Report on the metropolitan horse fairs and district horse shows of 1892-93 - 1892-1893
Year: 1892
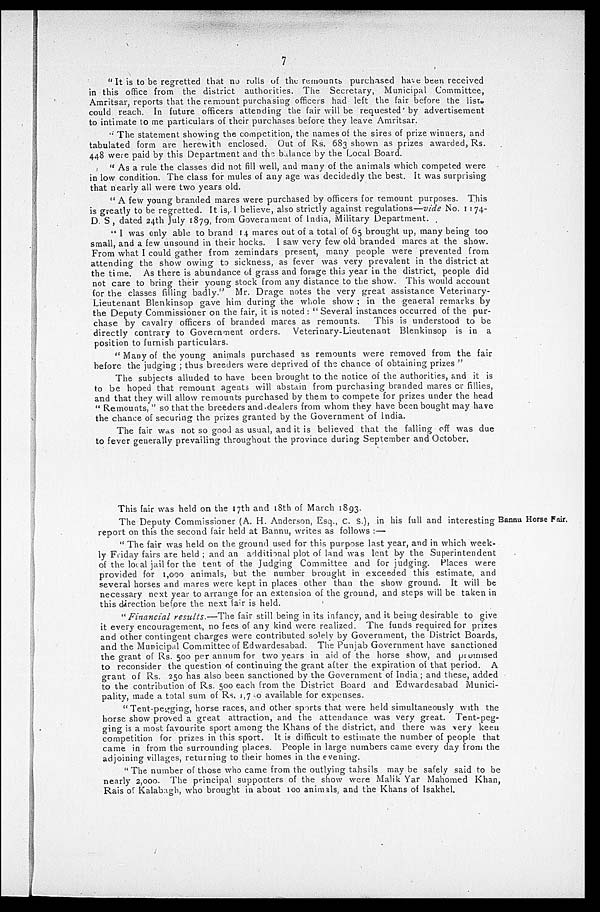
7
" It is to be regretted that no rolls of the remounts purchased have been received
in this office from the district authorities. The Secretary, Municipal Committee,
Amritsar, reports that the remount purchasing officers had left the fair before the lists
could reach. In future officers attending the fair will be requested by advertisement
to intimate to me particulars of their purchases before they leave Amritsar.
" The statement showing the competition, the names of the sires of prize winners, and
tabulated form are herewith enclosed. Out of Rs. 683 shown as prizes awarded, Rs.
448 were paid by this Department and the balance by the Local Board.
" As a rule the classes did not fill well, and many of the animals which competed were
in low condition. The class for mules of any age was decidedly the best. It was surprising
that nearly all were two years old.
" A few young branded mares were purchased by officers for remount purposes. This
is greatly to be regretted. It is, I believe, also strictly against regulations—vide No. 1174-
D. S., dated 24th July 1879, from Government of India, Military Department.
"I was only able to brand 14 mares out of a total of 65 brought up, many being too
small, and a few unsound in their hocks. I saw very few old branded mares at the show.
From what I could gather from zemindars present, many people were prevented from
attending the show owing to sickness, as fever was very prevalent in the district at
the time. As there is abundance of grass and forage this year in the district, people did
not care to bring their young stock from any distance to the show. This would account
for the classes filling badly." Mr. Drage notes the very great assistance Veterinary-
Lieutenant Blenkinsop gave him during the whole show ; in the general remarks by
the Deputy Commissioner on the fair, it is noted : " Several instances occurred of the pur-
chase by cavalry officers of branded mares as remounts.
This is understood to be
directly contrary to Government orders. Veterinary-Lieutenant Blenkinsop is in a
position to furnish particulars.
" Many of the young animals purchased as remounts were removed from the fair
before the judging; thus breeders were deprived of the chance of obtaining prizes "
The subjects alluded to have been brought to the notice of the authorities, and it is
to be hoped that remount agents will abstain from purchasing branded mares or fillies,
and that they will allow remounts purchased by them to compete for prizes under the head
" Remounts, " so that the breeders and dealers from whom they have been bought may have
the chance of securing the prizes granted by the Government of India.
The fair was not so good as usual, and it is believed that the falling off was due
to fever generally prevailing throughout the province during September and October.
Bannu Horse Fair.
This fair was held on the 17th and 18th of March 1893.
The Deputy Commissioner (A. H. Anderson, Esq., C. S.), in his full and interesting
report on this the second fair held at Bannu, writes as follows :—
" The fair was held on the ground used for this purpose last year, and in which week-
ly Friday fairs are held; and an additional plot of land was lent by the Superintendent
of the local jail for the tent of the Judging Committee and for judging. Places were
provided for 1,000 animals, but the number brought in exceeded this estimate, and
several horses and mares were kept in places other than the show ground. It will be
necessary next year to arrange for an extension of the ground, and steps will be. taken in
this direction before the next fair is held.
"Financial results.—The fair still being in its infancy, and it being desirable to give
it every encouragement, no fees of any kind were realized. The funds required for prizes
and other contingent charges were contributed solely by Government, the District Boards,
and the Municipal Committee of Edwardesabad. The Punjab Government have sanctioned
the grant of Rs. 500 per annum for two years in aid of the horse show, and promised
to reconsider the question of continuing the grant after the expiration of that period. A
grant of Rs. 250 has also been sanctioned by the Government of India; and these, added
to the contribution of Rs. 500 each from the District Board and Edwardesabad Munici-
pality, made a total sum of Rs.1,750 available for expenses.
" Tent-pegging, horse races, and other sports that were held simultaneously with the
horse show proved a great attraction, and the attendance was very great. Tent-peg-
ging is a most favourite sport among the Khans of the district, and there was very keen
competition for prizes in this sport. It is difficult to estimate the number of people that
came in from the surrounding places. People in large numbers came every day from the
adjoining villages, returning to their homes in the evening.
" The number of those who came from the outlying tahsils may be safely said to be
nearly 2,000. The principal supporters of the show were Malik Yar Mahomed Khan
Rais of Kalabagh, who brought in about 100 animals, and the Khans of Isakhel.